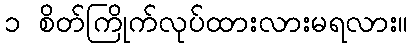
၁ စိတ်ကြိုက်လုပ်ထားလားမရလား။